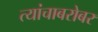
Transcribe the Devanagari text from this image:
त्यांचाबरोबर